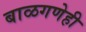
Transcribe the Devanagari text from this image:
बाळगणेही